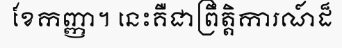
ខែកញ្ញា។ នេះគឺជាព្រឹត្តិការណ៍ដ៏